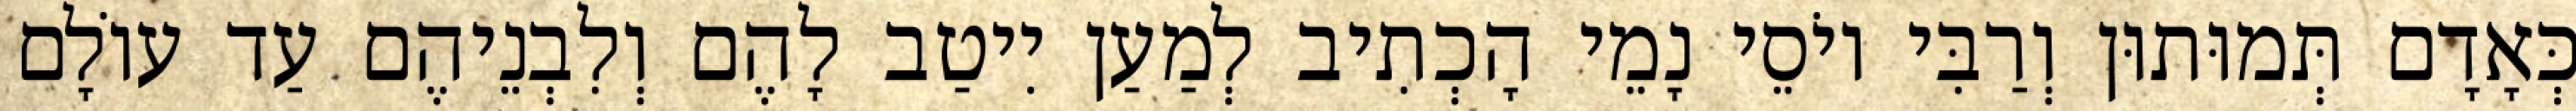
כְּאָדָם תְּמוּתוּן וְרַבִּי יוֹסֵי נָמֵי הָכְתִיב לְמַעַן יִיטַב לָהֶם וְלִבְנֵיהֶם עַד עוֹלָם